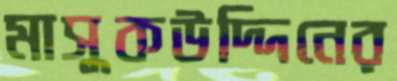
মাসুকউদ্দিনের